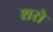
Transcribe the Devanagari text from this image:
शरो